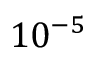
1 0 ^ { - 5 }